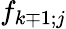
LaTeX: f_{k\mp 1;j}